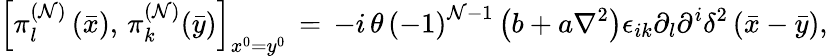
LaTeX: \left[\pi_{l}^{\left(\mathcal{N}\right)}\left(\bar{{x}}\right),\, \pi_{k}^{\left(\mathcal{N}\right)}(\bar{{y}})\right]_{x^{0}=y^{0}}\, =\, -i\, \theta\, \left(-1\right)^{\mathcal{N}-1}\left(b+a\nabla^{2}\right)\epsilon_{ik}\partial_{l}\partial^{i}\delta^{2}\left(\bar{{x}}-\bar{{y}}\right),